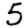
Digit: 5